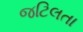
જટિલતા